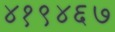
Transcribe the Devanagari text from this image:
४१९४६७